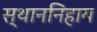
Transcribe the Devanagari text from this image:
स्थाननिहाय